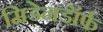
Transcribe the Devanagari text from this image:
मिडेनडॉर्फ